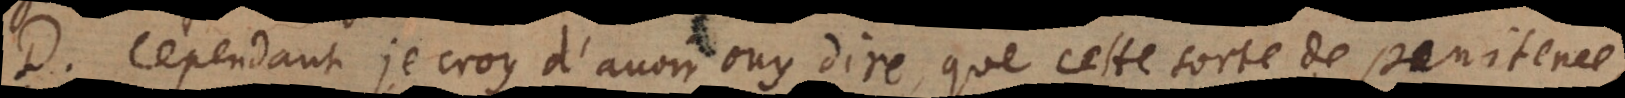
D. Cependant je croy d’avoir ouy dire que cette sorte de penitence,